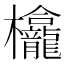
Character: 𱤵